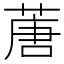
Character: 蓎